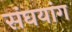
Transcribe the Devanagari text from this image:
संघयांग